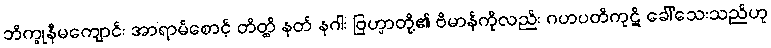
ဘိက္ခုနီမကျောင်း အာရာမ်စောင့် တိတ္ထိ နတ် နဂါး ဗြဟ္မာတို့၏ ဗိမာန်ကိုလည်း ဂဟပတိကုဋိ ခေါ်သေးသည်ဟု